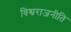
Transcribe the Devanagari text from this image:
विश्वराजनीति